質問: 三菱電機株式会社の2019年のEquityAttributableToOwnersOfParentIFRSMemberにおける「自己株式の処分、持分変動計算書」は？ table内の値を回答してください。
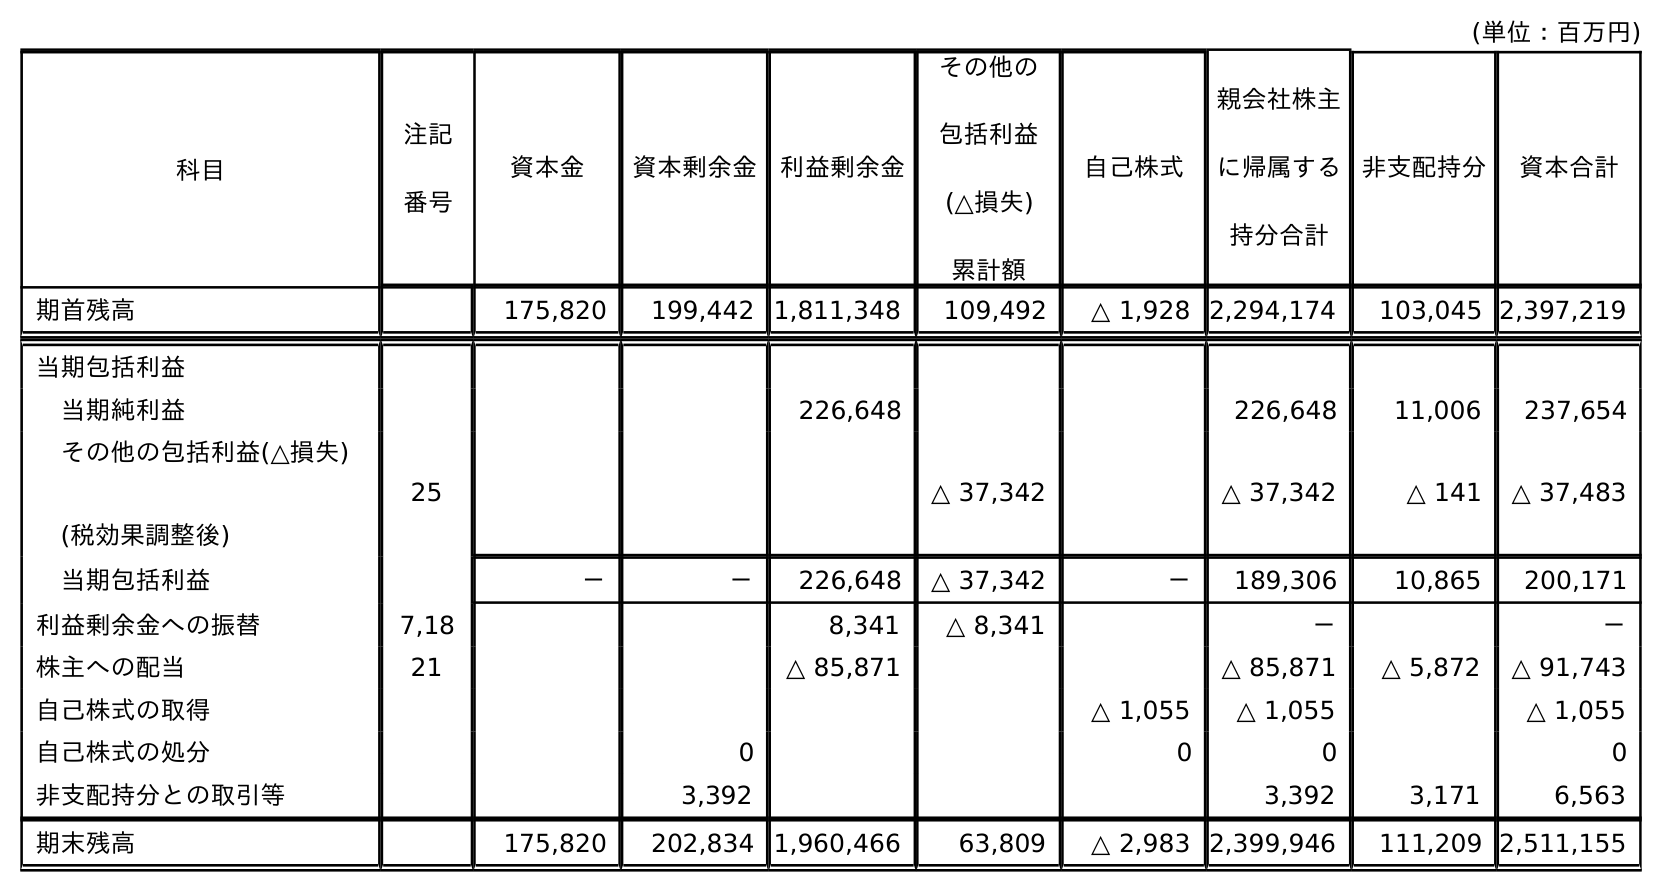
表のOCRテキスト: (単位：百万円) 科目 注記 番号 非支配持分 資本合計 資本金 資本剰余金 利益剰余金 その他の 包括利益 (△損失) 累計額 自己株式 親会社株主 に帰属する 持分合計 期首残高 175,820 199,442 1,811,348 109,492 △ 1,928 2,294,174 103,045 2,397,219 当期包括利益 当期純利益 226,648 226,648 11,006 237,654 その他の包括利益(△損失) (税効果調整後) 25 △ 37,342 △ 37,342 △ 141 △ 37,483 当期包括利益 － － 226,648 △ 37,342 － 189,306 10,865 200,171 利益剰余金への振替 7,18 8,341 △ 8,341 － － 株主への配当 21 △ 85,871 △ 85,871 △ 5,872 △ 91,743 自己株式の取得 △ 1,055 △ 1,055 △ 1,055 自己株式の処分 0 0 0 0 非支配持分との取引等 3,392 3,392 3,171 6,563 期末残高 175,820 202,834 1,960,466 63,809 △ 2,983 2,399,946 111,209 2,511,155
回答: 0